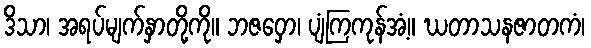
ဒိသာ၊ အရပ်မျက်နှာတို့ကို။ ဘဇဝှော၊ ပျံကြကုန်အံ့။ ဃတာသနဇာတကံ၊